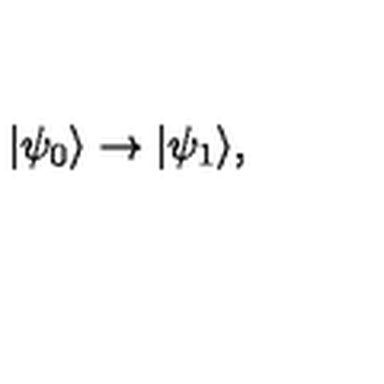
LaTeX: | \psi _ { 0 } \rangle \rightarrow | \psi _ { 1 } \rangle ,